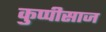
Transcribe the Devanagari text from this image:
कुप्पीसाज